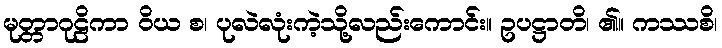
မုတ္တာဂုဠိကာ ဝိယ စ၊ ပုလဲလုံးကဲ့သို့လည်းကောင်း။ ဥပဋ္ဌာတိ၊ ၏။ ကဿစိ၊